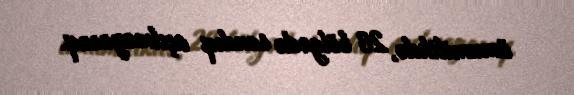
ümumilikdə, 26 bölgədə sandıq açılmayacaq.